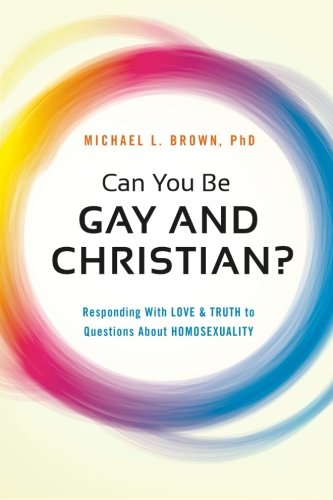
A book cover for Can You Be Gay and Christian?: Responding With Love and Truth to Questions About Homosexuality; Michael L. Brown; Gay & Lesbian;